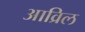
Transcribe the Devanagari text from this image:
आव्रिल